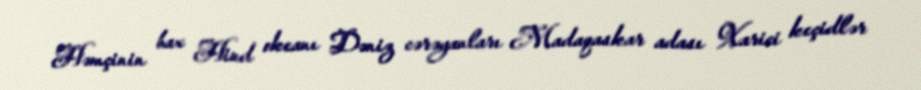
Həmçinin bax Hind okeanı Dəniz cərəyanları Madaqaskar adası Xarici keçidlər